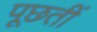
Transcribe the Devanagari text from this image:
पूछतीं